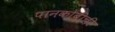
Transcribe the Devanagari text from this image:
पानकोबीची